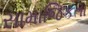
સામાજિકતા